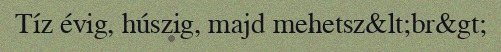
Tíz évig, húszig, majd mehetsz&lt;br&gt;